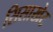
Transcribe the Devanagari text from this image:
सिसाखेट